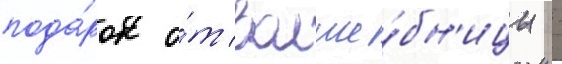
пода́рок о́т волше́бн'ицы -